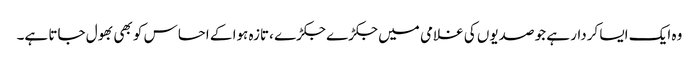
وہ ایک ایسا کردار ہے جو صدیوں کی غلامی میں جکڑے جکڑے ،تازہ ہوا کے احساس کو بھی بھول جاتا ہے۔